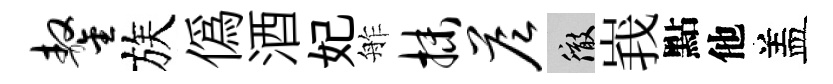
鏊族僞酒妃舴抹答徹峩點他盖